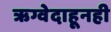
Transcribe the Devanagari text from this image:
ऋग्वेदाहूनही